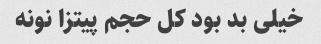
خیلی بد بود کل حجم پیتزا نونه